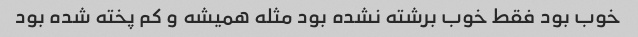
خوب بود فقط خوب برشته نشده بود مثله همیشه و کم پخته شده بود